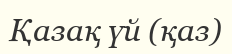
Қазақ үй (қаз)